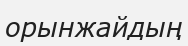
орынжайдың